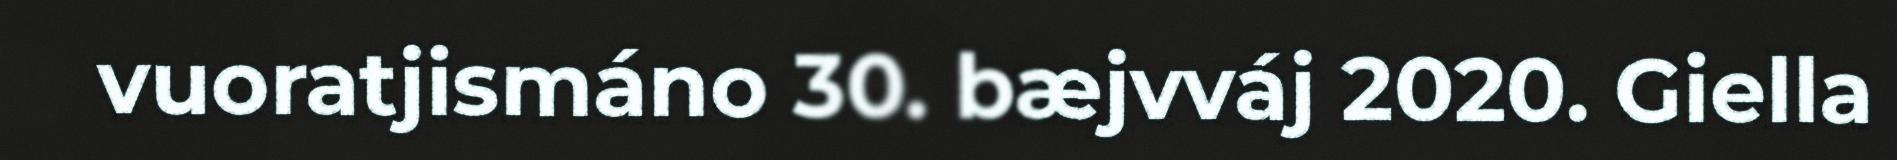
vuoratjismáno 30. bæjvváj 2020. Giella